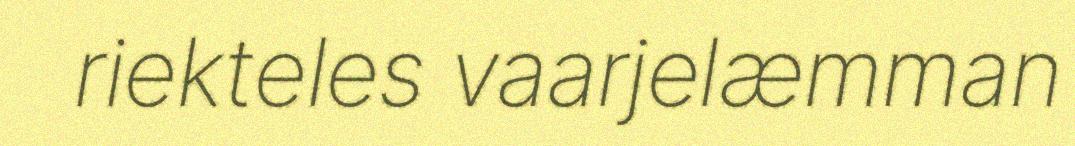
riekteles vaarjelæmman